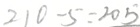
2 1 0 - 5 = 2 0 5